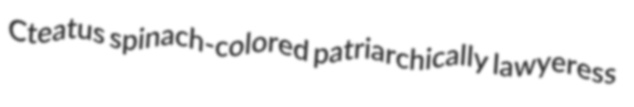
Cteatus spinach-colored patriarchically lawyeress